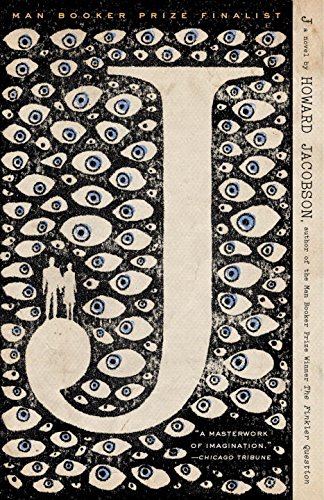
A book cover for J: A Novel; Howard Jacobson; Science Fiction & Fantasy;